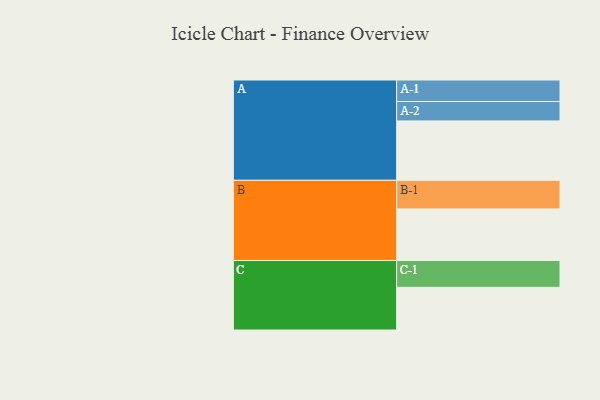
{"axis": {"x": "Segment", "y": "Value"}, "legend": ["", "A", "B", "C"], "data": [{"x": "A", "y": 550, "type": ""}, {"x": "B", "y": 477, "type": ""}, {"x": "C", "y": 395, "type": ""}, {"x": "A-1", "y": 199, "type": "A"}, {"x": "A-2", "y": 180, "type": "A"}, {"x": "B-1", "y": 265, "type": "B"}, {"x": "C-1", "y": 249, "type": "C"}]}